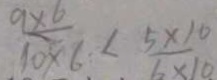
\frac { 9 \times 6 } { 1 0 \times 6 } < \frac { 5 \times 1 0 } { 6 \times 1 0 }